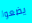
يضعوا